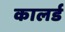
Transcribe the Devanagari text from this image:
कालर्ड